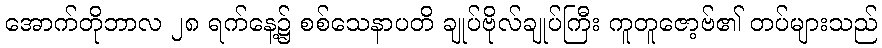
အောက်တိုဘာလ ၂၈ ရက်နေ့၌ စစ်သေနာပတိ ချုပ်ဗိုလ်ချုပ်ကြီး ကူတူဇော့ဗ်၏ တပ်များသည်